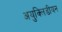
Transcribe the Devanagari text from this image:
अयुक्लिडीयन